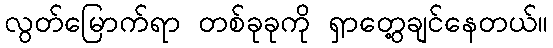
လွတ်မြောက်ရာ တစ်ခုခုကို ရှာတွေ့ချင်နေတယ်။